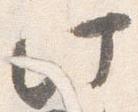
此